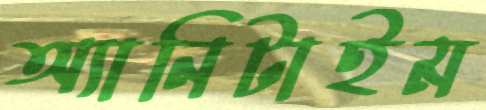
অ্যানিটাইম